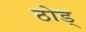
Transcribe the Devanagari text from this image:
ठोड्